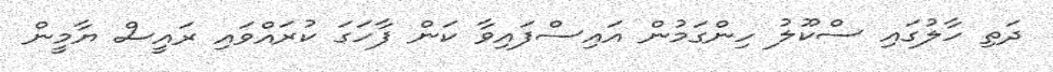
ދަތި ހާލުގައި ސްކޫލު ހިންގަމުން އައިސްފައިވާ ކަން ފާހަގަ ކުރައްވައި ރައީސް ޔާމީން